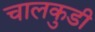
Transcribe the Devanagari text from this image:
चालकुडी